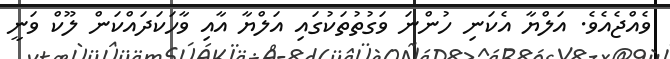
ވެއްޖެއެވެ. އަލްޔާ އެކަނި ހުންނަ ވަގުތުތަކުގައި އަލްޔާ އާއި ވާހަކަދައްކަން ލޫކް ވަނީ